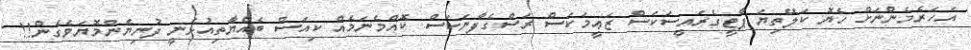
އަހަރެމެންނަށް ހެޔޮ ކަލޭތިޔަ ޕާޓީގެރައީސަކަސް ޒަޢީމަކަސް ރަސްގެފާނަކަސް ކޮއްމެނަމެއް ކިއަސް ބެއްޔާތިއުޅެނީ ދުނިޔެންމޮޔަވެގެން!!